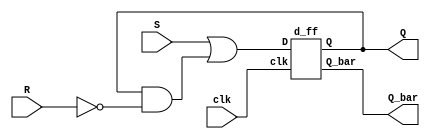
`timescale 1ns / 1ps
//////////////////////////////////////////////////////////////////////////////////
// Company: 
// Engineer: 
// 
// Design Name: 
// Module Name:    srd 
// Project Name: 
// Target Devices: 
// Tool versions: 
// Description: 
//
// Dependencies: 
//
// Revision: 
// Revision 0.01 - File Created
// Additional Comments: 
//
//////////////////////////////////////////////////////////////////////////////////
module srd(clk,S,R, Q,Q_bar);
   input clk,S,R;
   output Q,Q_bar;
   wire w1;
   
   assign w1 = (S)|(Q & (~R));
   d_ff DF(clk, w1, Q,Q_bar);
   
endmodule

module d_ff(clk,D,Q,Q_bar);
input clk, D;
output reg Q;
output Q_bar;
always @(posedge clk) begin
Q <= D;
end
assign Q_bar = ~Q;
endmodule